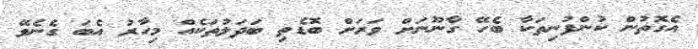
އެގޮތުން ކުންފުނިތަކާ ބެހޭ ގާނޫނަށް ވަރަށް ބޮޑެތި ބަދަލުތަކެއް މިހާރު އެބަ ގެނެވޭ